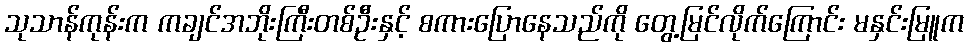
သုသာန်ကုန်းက ကချင်အဘိုးကြီးတစ်ဦးနှင့် စကားပြောနေသည်ကို တွေ့မြင်လိုက်ကြောင်း မနှင်းမြူက